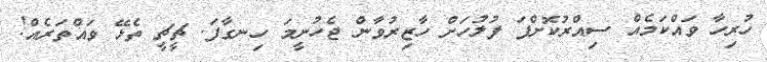
ހުރިހާ ވައްކަމެއް ސިއްރުކޮށްފަ ފުލުހަށް ހާޒިރުވާން ޖެހުނީމަ ހިނގާފަ. ޗީޗީ ތެޅޭ ވައްތަރެއް!